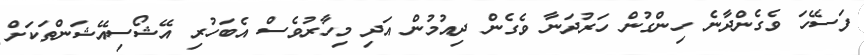
ފަސޭހަ ވެގެންދާނެ ހިންގުން ހަރުދަނާ ވެގެން ދިއުމުން އަދި މިހާރުވެސް އެބަހުރި އޭޝޯސިއޭޝަންތަކަށް